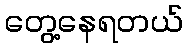
တွေ့နေရတယ်